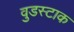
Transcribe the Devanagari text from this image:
वुडस्टाक